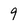
Character: 9